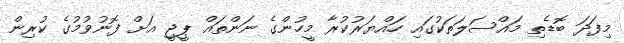
މިފަދަ ބޮޑެތި މައްސަލަތަކުގައި ހައްޔަރުކުރާ މީހުންގެ ނަންތައް ޕީޖީ އަށް ފޮނުވުމުގެ ކުރިން